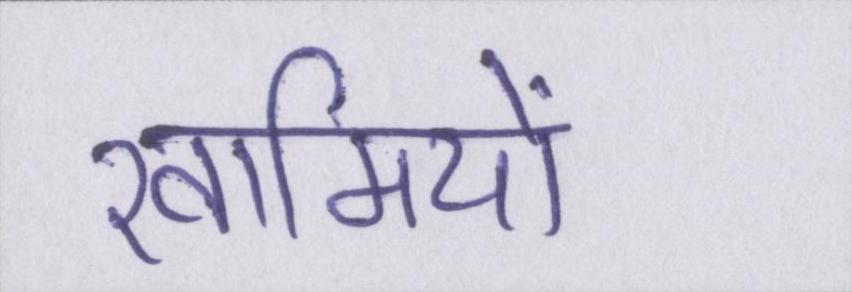
खामियों